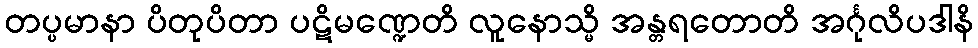
တပ္ပမာနာ ပိတုပိတာ ပဋိမဏ္ဍေတိ လူနောသ္မိ အန္တရတောတိ အင်္ဂုလိပဒါနိ